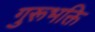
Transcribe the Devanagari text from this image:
गुरूभक्ति